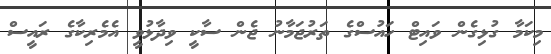
މިކަމާ ގުޅިގެން ވައިޓް ހައުސްގެ ތަރުޖަމާނު ޖެން ސާކީ ވިދާޅުވީ އެމެރިކާގެ ރައީސް